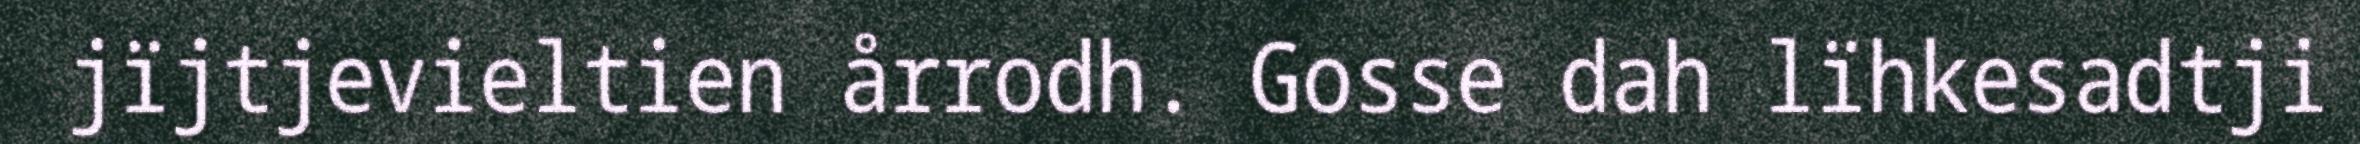
jïjtjevieltien årrodh. Gosse dah lïhkesadtji